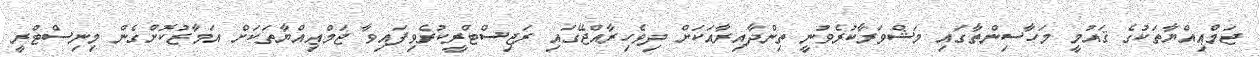
ޖަމްޢިއްޔާތަކުގެ ޤައުމީ މަހާސިންތާގައި މަޝްވަރާކުރެވުނީ ތިންދާއިރާއަކަށް ދިވެހިރާއްޖޭގައި ރަޖިސްޓްރީކުރެވިފައިވާ ޖަމްޢިއްޔާތަކަށް އަމާޒުކޮށްގެން މިނިސްޓްރީ